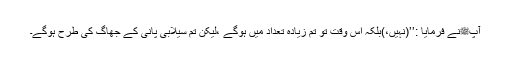
آپﷺنے فرمایا :’’(نہیں،)بلکہ اس وقت تو تم زیادہ تعداد میں ہوگے ،لیکن تم سیلابی پانی کے جھاگ کی طرح ہوگے۔